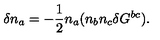
\delta n _ { a } = - \frac { 1 } { 2 } n _ { a } ( n _ { b } n _ { c } \delta G ^ { b c } ) .